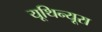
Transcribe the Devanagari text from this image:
यूथिन्यूरा